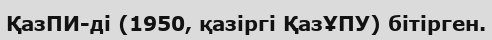
ҚазПИ-ді (1950, қазіргі ҚазҰПУ) бітірген.